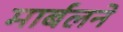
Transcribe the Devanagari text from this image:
मार्बलने